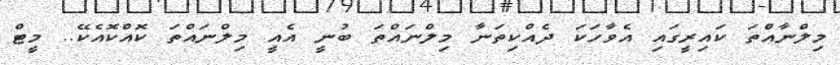
މިލްނާއްތަ ކައިރީގައި އެވާހަކަ ދެއްކިތަނާ މިލްނައްތަ ބުނީ އެއީ މިލްނައްތަ ކޮއްކޮއެކޭ.. މީޓް